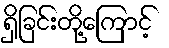
ရှိခြင်းတို့ကြောင့်